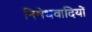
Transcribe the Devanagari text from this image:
निषेधवादियों